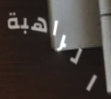
الراهبة